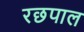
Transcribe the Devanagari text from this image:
रछपाल